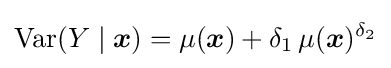
\operatorname {Var} (Y\mid {\boldsymbol {x}})=\mu ({\boldsymbol {x}})+\delta _{1}\,\mu ({\boldsymbol {x}})^{\delta _{2}}